Medical and sanitary report of the native army of Bengal for the year
Year: 1874
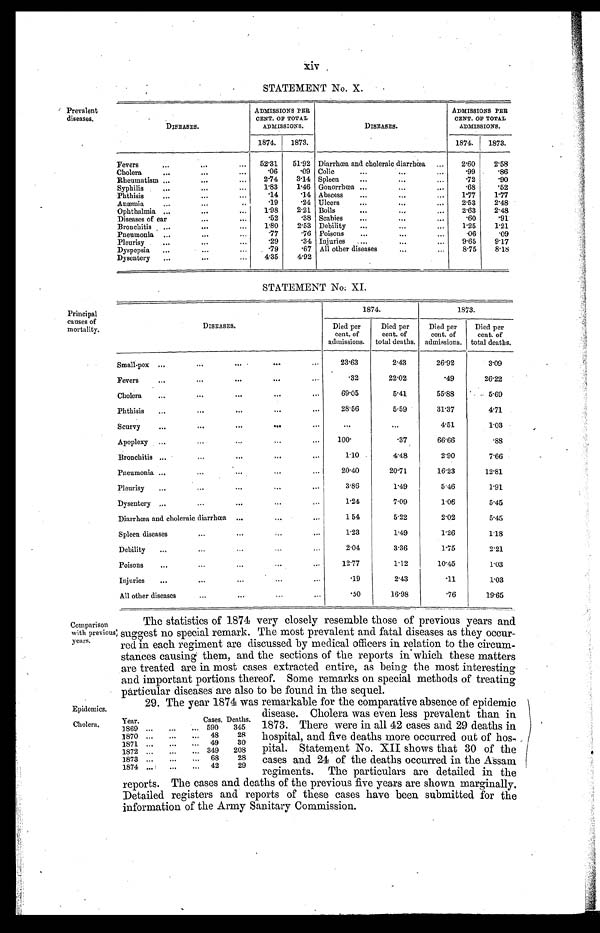
Comparison
with previous
; years.
Epidemics.
STATEMENT No. X.
Prevalent
diseases.
DISEASES.
ADMISSIONS PER
CENT. OF TOTAL
ADMISSIONS.
DISEASES.
ADMISSIONS PER
CENT. OF TOTAL
ADMISSIONS.
1874.
1873.
1874.
1873.
Fevers
52·31 51·92
Diarrhœa and choleraic diarrœa
2·60
2·58
Cholera
·06
·09
Colic
·99
·86
Rheumatism
2·74
3·14
S p l e e n
·72
·90
S y p h i l i s
1·83
1·46 Gonorrhœa
· 6 8
·52
Phthisis
·14
·14
Abscess
1·77
1·77
Anæmia
·19
·24
Ulcers
2·53
2·48
Ophthalmia
1·98
2·21
Boils
2·63
2·48
Diseases of ear
·52
·38
Scabies
·60
·91
Bronchitis
1·80
2·53
Debility
1·25
1·21
Pneumonia
·77
·76
Poisous
·06
·09
Pleurisy
·29
·34
Injuries
9·65
9·17
Dyspepsia
·79
·67
All other diseases
8·75
8·18
Dysentery
4·35
4·92
STATEMENT No: XI.
Principal
causes of
mortality.
DISEASES.
1874.
1873.
Died per
cent. of
admissions.
Died per
cent. of
total deaths.
Died per
cent. of
admissions.
Died per
cent. of
total deaths.
Small-pox
23·63
2·43
26·92
3·09
Fevers
·32
22·02
·49
26·22
Choelra
69·05
5·41
55·88
5·69
Phthisis
28·56
5·59
31·37
4·71
Scurvy
. . .
. . . 4·51
1·03
Apoplexy
100·
·37 66·66
·88
Bronchitis
1·10
4·48
2·90
7·66
Pneumonia
20·40
20·71
16·23
12·81
Pleurisy
3·86
1·49
5·46
1·91
Dysentery
1·24
7·09
1·06
5·45
Diarrhœa and choleraic diarrhœa
1·54
5·22
2·02
5·45
S p l e e n d i s e a s e s
1·23
1·49
1·26
1·18
Debility
2·04
3·36
1 · 7 5 2·21
Poisons
12·77
1·12
10·45
1·03
Injuries
·19
2·43
·11
1·03
A l l o t h e r d i s e a s e s
·50
16·98
·76
19·65
Cholera,
The statistics of 1874 very closely resemble those of previous years and
suggest no special remark. The most prevalent and fatal diseases as they occur
-red in each regiment are discussed by medical officers in relation to the circum
-stances causing them, and the sections of the reports in which these matters
are treated are in most cases extracted entire, as being the most interesting
and important portions thereof. Some remarks on special methods of treating
particular diseases are also to be found in the seaquel.
29. The year 1874 was remarkable for the comparative absence of epidemic
disease. Cholera was even less prevalent than in
1873. There were in all 42 cases and. 29 deaths in
hospital, and five deaths more occurred out of hos
-pital. Statement No. XII shows that 30 of the
cases and 24 of the deaths occurred in the Assam
regiments. The particulars are detailed in the
reports. The cases and deaths of the previous five years are shown marginally.
Detailed registers and reports of these cases have been submitted for the
information of the Army Sanitary Commission.
Y e a r .
C a s e s .
D e a t h s .
1869
5 9 0
3 4 5
1870
4 8
2 8
1871
4 9
3 0
1872
3 4 9
2 0 8
1873
6 8
2 8
1874
4 2
2 9